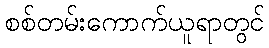
စစ်တမ်းကောက်ယူရာတွင်